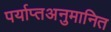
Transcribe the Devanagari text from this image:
पर्याप्तअनुमानित